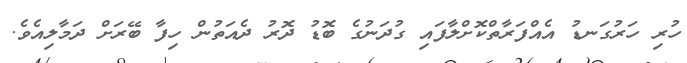
ހުރި ހަރުގަނޑު އެއްފަރާތްކޮށްލާފައި ގުދަނުގެ ބޮޑު ދޮރު ދެއަތުން ހިފާ ބޭރަށް ދަމާލިއެވެ.